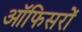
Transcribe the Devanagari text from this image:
ऑफिसरों